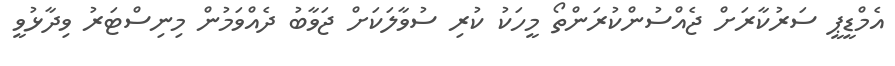
އެމްޑީޕީ ސަރުކާރަށް ޖެއްސުންކުރަންތޯ މީހަކު ކުރި ސުވާލަކަށް ޖަވާބު ދެއްވަމުން މިނިސްޓަރު ވިދާޅުވީ